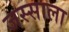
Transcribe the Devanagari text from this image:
जस्साला